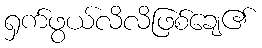
ရှက်ဖွယ်လိလိဖြစ်ချေ၏